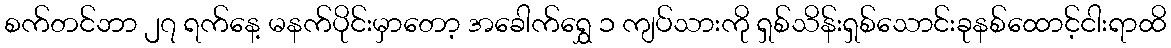
စက်တင်ဘာ ၂၇ ရက်နေ့ မနက်ပိုင်းမှာတော့ အခေါက်ရွှေ ၁ ကျပ်သားကို ရှစ်သိန်းရှစ်သောင်းခုနစ်ထောင့်ငါးရာထိ